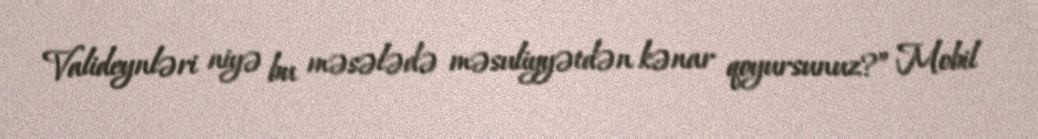
Valideynləri niyə bu məsələdə məsuliyyətdən kənar qoyursunuz?” Mobil